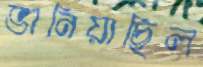
ভানিয়াছিল